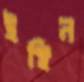
ইঞ্ছিন